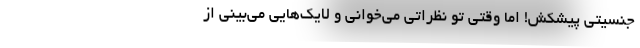
جنسیتی پیشکش! اما وقتی تو نظراتی می‌خوانی و لایک‌هایی می‌بینی از